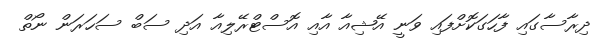
ދިރާސާގައި ފާހަގަކޮށްފައި ވަނީ އޭޝިއާ އާއި އޮސްޓްރޭލިއާ އަދި ސަބް ސަހަރަން ނޯތް